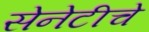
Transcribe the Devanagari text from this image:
सेनेटीचे